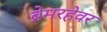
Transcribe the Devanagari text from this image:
ब्रेमरहेवर